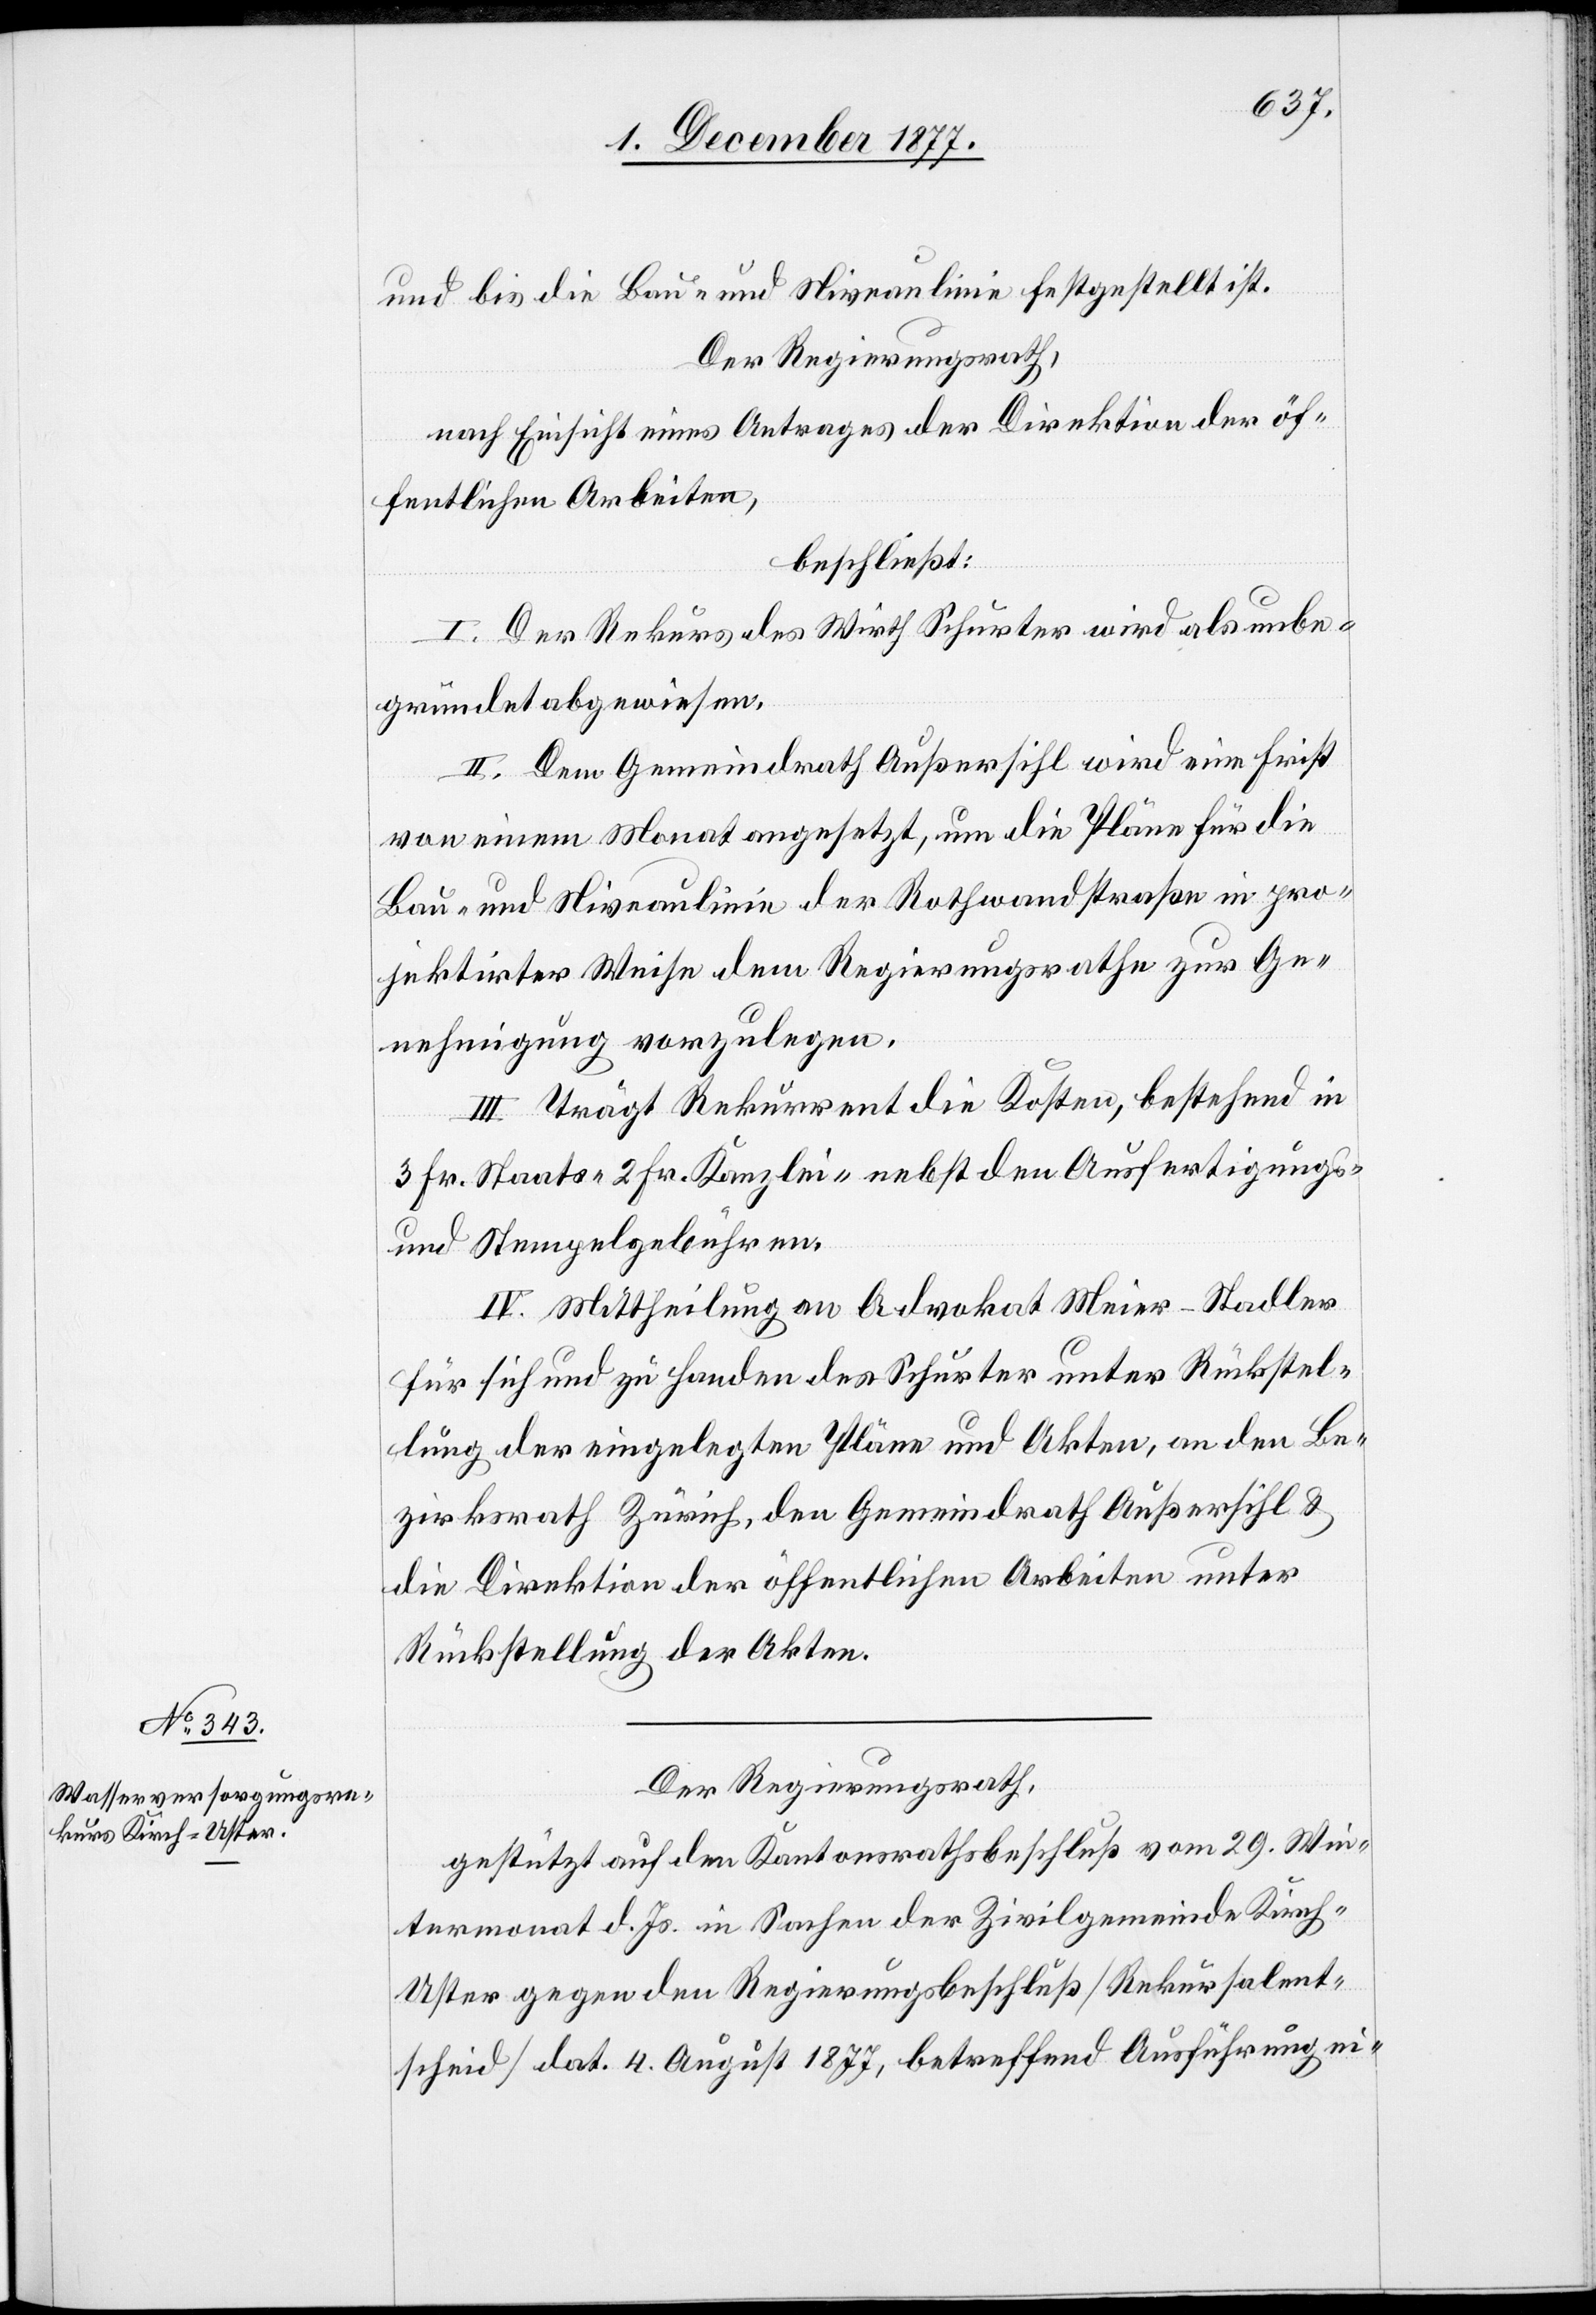
und bis die Bau- und Niveaulinie festgestellt ist.
Der Regierungsrath,
nach Einsicht eines Antrages der Direktion der öf¬
fentlichen Arbeiten,
beschließt:
I. Der Rekurs des Wirth Schurter wird als unbe¬
gründet abgewiesen.
II. Dem Gemeindrath Außersihl wird eine Frist
von einem Monat angesetzt, um die Pläne für die
Bau- und Niveaulinie der Rothwandstraße in pro¬
jektirter Weise dem Regierungsrathe zur Ge¬
nehmigung vorzulegen.
III. Trägt Rekurrent die Kosten, bestehend in
3 Fr. Staats-[,] 2 Fr. Kanzlei-[,] nebst den Ausfertigungs-
und Stempelgebühren.
IV. Mittheilung an Advokat Meier-Stadler
für sich und zu Handen des Schurter unter Rückstel¬
lung der eingelegten Pläne und Akten, an den Be¬
zirksrath Zürich, den Gemeindrath Außersihl &
die Direktion der öffentlichen Arbeiten unter
Rückstellung der Akten.
Der Regierungsrath,
gestützt auf den Kantonsrathsbeschluß vom 29. Win¬
termonat d. Js. in Sachen der Zivilgemeinde Kirch-U¬
ster gegen den Regierungsbeschluß [Rekursalent¬
scheid] dat. 4. August 1877, betreffend Ausführung ei-